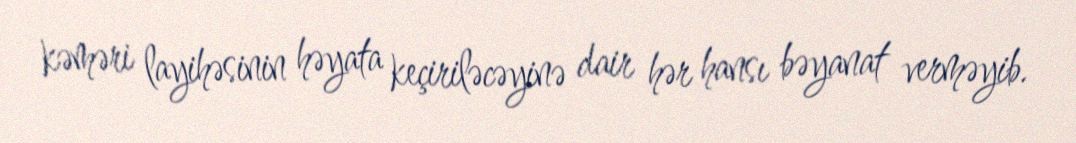
kəməri layihəsinin həyata keçiriləcəyinə dair hər hansı bəyanat verməyib.